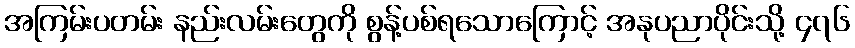
အကြမ်းပတမ်း နည်းလမ်းတွေကို စွန့်ပစ်ရသောကြောင့် အနုပညာပိုင်းသို့ ၄၇၆